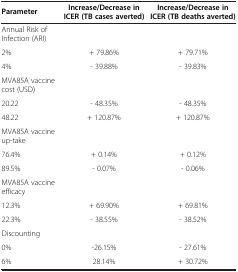
<table><thead><tr><td><b>Parameter</b></td><td><b>Increase/Decrease in ICER (TB cases averted)</b></td><td><b>Increase/Decrease in ICER (TB deaths averted)</b></td></tr></thead><tbody><tr><td>Annual Risk of Infection (ARI)</td><td> </td><td> </td></tr><tr><td>2%</td><td>+ 79.86%</td><td>+ 79.71%</td></tr><tr><td>4%</td><td>- 39.88%</td><td>- 39.83%</td></tr><tr><td>MVA85A vaccine cost (USD)</td><td> </td><td> </td></tr><tr><td>20.22</td><td>- 48.35%</td><td>- 48.35%</td></tr><tr><td>48.22</td><td>+ 120.87%</td><td>+ 120.87%</td></tr><tr><td>MVA85A vaccine up-take</td><td> </td><td> </td></tr><tr><td>76.4%</td><td>+ 0.14%</td><td>+ 0.12%</td></tr><tr><td>89.5%</td><td>- 0.07%</td><td>- 0.06%</td></tr><tr><td>MVA85A vaccine efficacy</td><td> </td><td> </td></tr><tr><td>12.3%</td><td>+ 69.90%</td><td>+ 69.81%</td></tr><tr><td>22.3%</td><td>- 38.55%</td><td>- 38.52%</td></tr><tr><td>Discounting</td><td> </td><td> </td></tr><tr><td>0%</td><td>-26.15%</td><td>- 27.61%</td></tr><tr><td>6%</td><td>28.14%</td><td>+ 30.72%</td></tr></tbody></table>